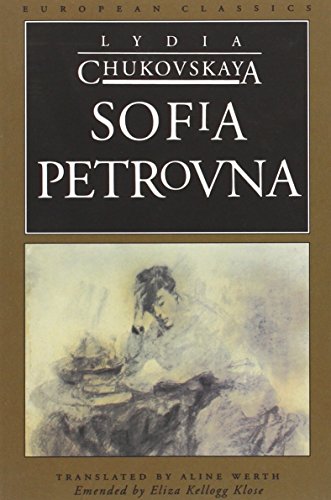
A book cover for Sofia Petrovna (European Classics); Lydia Chukovskaya; Literature & Fiction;